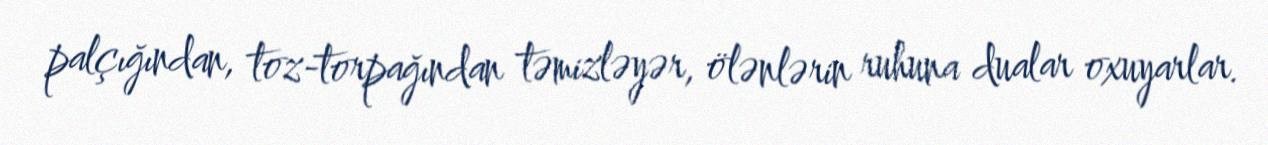
palçığından, toz-torpağından təmizləyər, ölənlərin ruhuna dualar oxuyarlar.